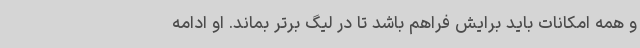
و همه امکانات باید برایش فراهم باشد تا در لیگ برتر بماند. او ادامه